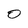
Character: 0